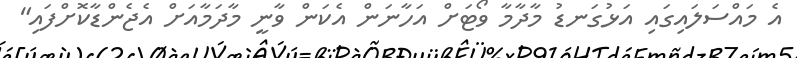
އެ މައްސަލައިގައި އަޅުގަނޑު މާދާމާ ވޯޓަށް އަހާނަން އެކަން ވާނީ މާދަމާއަށް އެޖެންޑާކޮށްފައި"